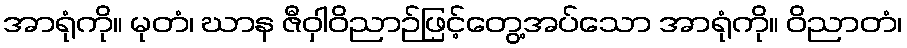
အာရုံကို။ မုတံ၊ ဃာန ဇီဝှါဝိညာဉ်ဖြင့်တွေ့အပ်သော အာရုံကို။ ဝိညာတံ၊